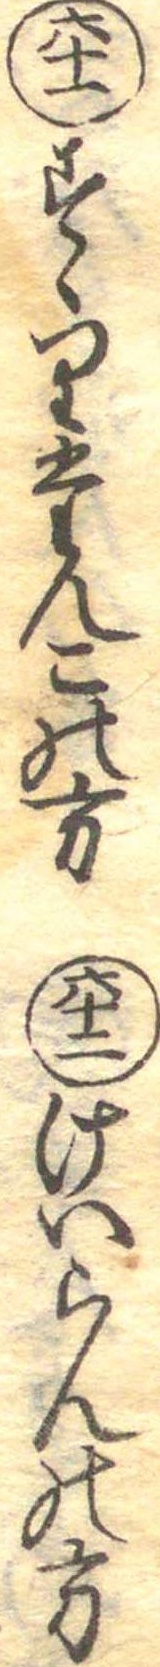
六十一すゝりたんこの方六十二けいらんの方